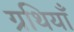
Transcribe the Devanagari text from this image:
ग्रथियाँ